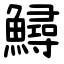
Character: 鱘